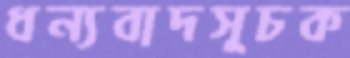
ধন্যবাদসূচক